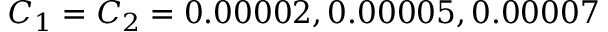
C _ { 1 } = C _ { 2 } = 0 . 0 0 0 0 2 , 0 . 0 0 0 0 5 , 0 . 0 0 0 0 7